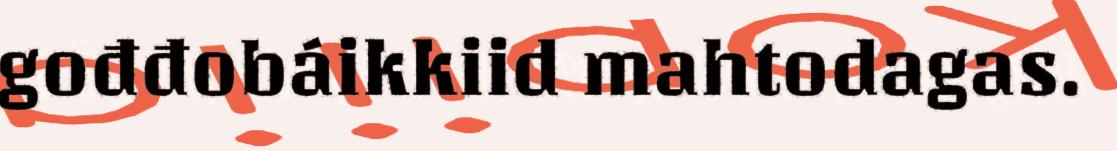
gođđobáikkiid mahtodagas.